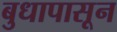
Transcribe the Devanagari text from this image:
बुधापासून